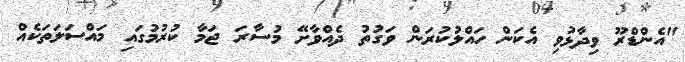
"އެންޑްރޫ ވިދާޅުވި އެކަން ހައްލުކުރަން ވަގުތު ދެއްވާށޭ މުސާރަ ޖަމާ ކުރުމުގައި މައްސަލަތަކެއް